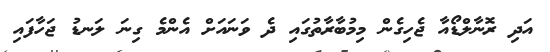
އަދި ރޮނާލްޑޯއާ ޖެހިގެން މިމުބާރާތުގައި ދެ ވަނައަށް އެންމެ ގިނަ ލަނޑު ޖަހާފައި